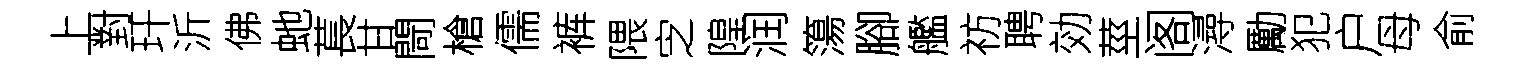
上對玕沂佛虵萇甘閜槍儒裤隈㝎隍润簜腳艦祊聘効莖阁潯勵犯户母俞